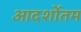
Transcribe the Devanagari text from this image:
आदर्शोतम